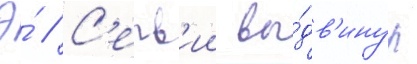
Э́ // С'ерв'ии вы́дв'инул